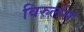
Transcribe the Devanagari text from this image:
विरुलेंस